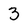
Character: 3